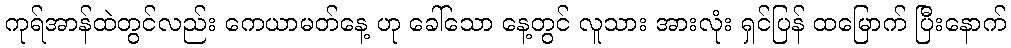
ကုရ်အာန်ထဲတွင်လည်း ကေယာမတ်နေ့ ဟု ခေါ်သော နေ့တွင် လူသား အားလုံး ရှင်ပြန် ထမြောက် ပြီးနောက်